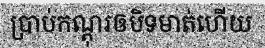
ប្រាប់កណ្តុរឲបិទមាត់ហើយ